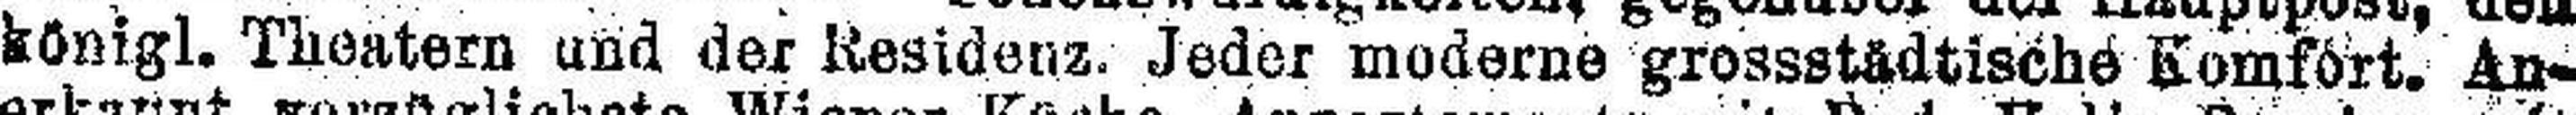
königl. Theatern und der Kesidenz. Jeder moderne grossstädtische Komfort. An¬